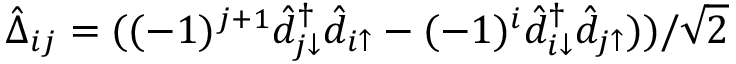
\hat { \Delta } _ { i j } = ( ( - 1 ) ^ { j + 1 } \hat { d } _ { j \downarrow } ^ { \dagger } \hat { d } _ { i \uparrow } - ( - 1 ) ^ { i } \hat { d } _ { i \downarrow } ^ { \dagger } \hat { d } _ { j \uparrow } ) ) / \sqrt { 2 }